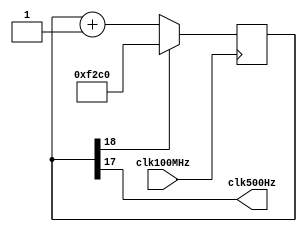
`timescale 1ns / 1ps
//////////////////////////////////////////////////////////////////////////////////
// Company: 
// Engineer: 
// 
// Design Name: 
// Module Name: clockWrapper
// Project Name: 
// Target Devices: 
// Tool Versions: 
// Description: 
// 
// Dependencies: 
// 
// Revision:
// Revision 0.01 - File Created
// Additional Comments:
// 
//////////////////////////////////////////////////////////////////////////////////


module clockWrapper(
  input clk100MHz,  
  output clk500Hz
  );
  reg [31:0] counter;
  initial begin
    counter = 62144;
  end
  always@ (posedge clk100MHz) begin
    counter <= (counter[18]) ? 62144:(counter+1);
  end
  assign clk500Hz = counter[17];
endmodule